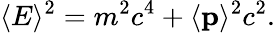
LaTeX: \langle E\rangle^{2}=m^{2}c^{4}+\langle\mathbf{p}\rangle^{2}c^{2}.